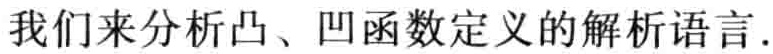
我们来分析凸、凹函数定义的解析语言.